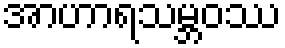
အာဟာရသမ္ဘဝဿ